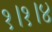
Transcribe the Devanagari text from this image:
१।१।४